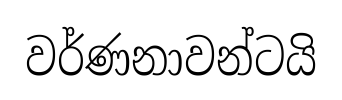
වර්ණනාවන්ටයි